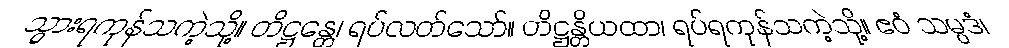
သွားရကုန်သကဲ့သို့။ တိဋ္ဌန္တေ၊ ရပ်လတ်သော်။ တိဋ္ဌန္တိယထာ၊ ရပ်ရကုန်သကဲ့သို့။ ဧဝံ သမ္ပဒံ၊